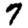
Digit: 7